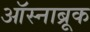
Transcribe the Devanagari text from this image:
ऑस्नाब्रूक